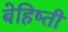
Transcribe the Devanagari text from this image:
बेहिष्ती